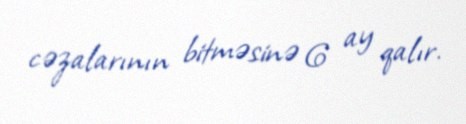
cəzalarının bitməsinə 6 ay qalır.